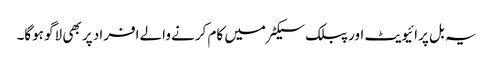
یہ بل پرائیویٹ اور پبلک سیکٹر میں کام کرنے والے افراد پر بھی لاگو ہوگا۔